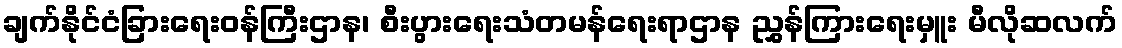
ချက်နိုင်ငံခြားရေးဝန်ကြီးဌာန၊ စီးပွားရေးသံတမန်ရေးရာဌာန ညွှန်ကြားရေးမှူး မီလိုဆလက်